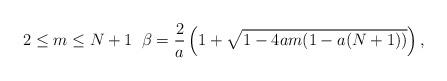
LaTeX: \begin{align*}2 \leq m \leq N+1 \; \; \beta = \frac{2}{a} \left( 1 + \sqrt{1-4am(1-a(N+1))} \right),\end{align*}